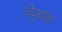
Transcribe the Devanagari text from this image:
चियुबाका